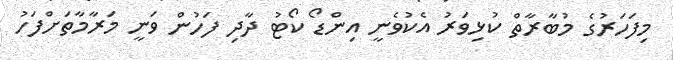
މިފަހަރުގެ މުބާރާތް ކުޅިވަރު އެކުވެނީ އިންޑޯ ކޯޓު ދާދި ފަހުން ވަނީ މަރާމާތަށްފަހު